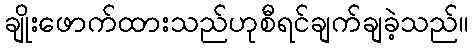
ချိုးဖောက်ထားသည်ဟုစီရင်ချက်ချခဲ့သည်။